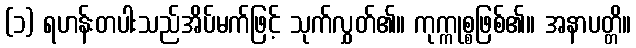
(၁) ရဟန်းတပါးသည်အိပ်မက်ဖြင့် သုက်လွှတ်၏။ ကုက္ကုစ္စဖြစ်၏။ အနာပတ္တိ။